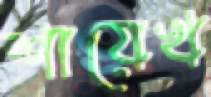
শায়েখ